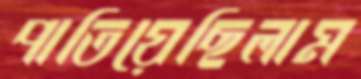
পাতিয়েছিলাম